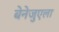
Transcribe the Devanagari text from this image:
बेनेजुएला